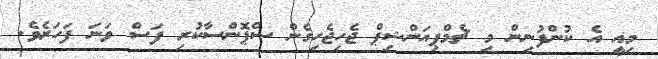
މިއީ އެ ކުންފުނިން މި ޗެމްޕިއަންޝިޕް ޖެހިޖެހިގެން ސްޕޮންސާކުރި ފަސް ވަނަ ފަހަރެވެ.